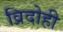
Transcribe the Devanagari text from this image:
व्रिदोही